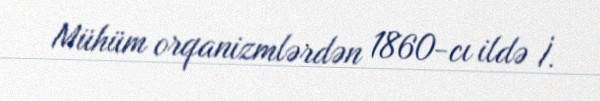
Mühüm orqanizmlərdən 1860-cı ildə İ.